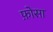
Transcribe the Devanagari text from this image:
फ़ोसा